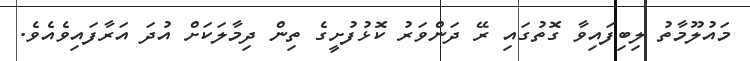
މައުލޫމާތު ލިބިފައިވާ ގޮތުގައި ރޭ ދަންވަރު ކޮޅުފުށީގެ ތިން ދިމާލަކަށް އުދަ އަރާފައިވެއެވެ.